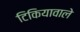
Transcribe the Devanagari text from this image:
टिकियावाले